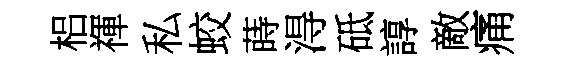
梠禈私蛟蒔淂砥諄敵痛